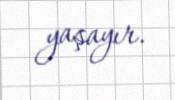
yaşayır.